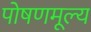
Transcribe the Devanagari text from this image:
पोषणमूल्य